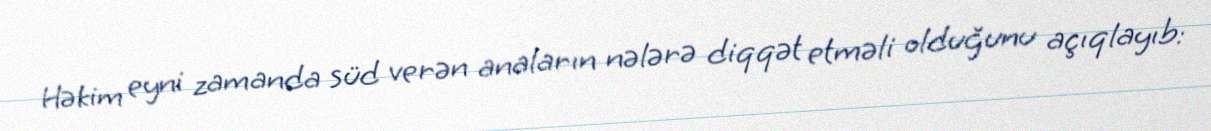
Həkim eyni zamanda süd verən anaların nələrə diqqət etməli olduğunu açıqlayıb: